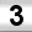
Digit: 3